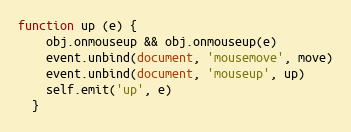
Language: JavaScript
function up (e) {
    obj.onmouseup && obj.onmouseup(e)
    event.unbind(document, 'mousemove', move)
    event.unbind(document, 'mouseup', up)
    self.emit('up', e)
  }